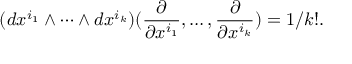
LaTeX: ( d x ^ { i _ { 1 } } \wedge \cdots \wedge d x ^ { i _ { k } } ) ( { \frac { \partial } { \partial x ^ { i _ { 1 } } } } , \ldots , { \frac { \partial } { \partial x ^ { i _ { k } } } } ) = 1 / k ! .